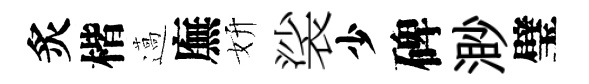
炙楷薖廡妍裟少碑渺璧